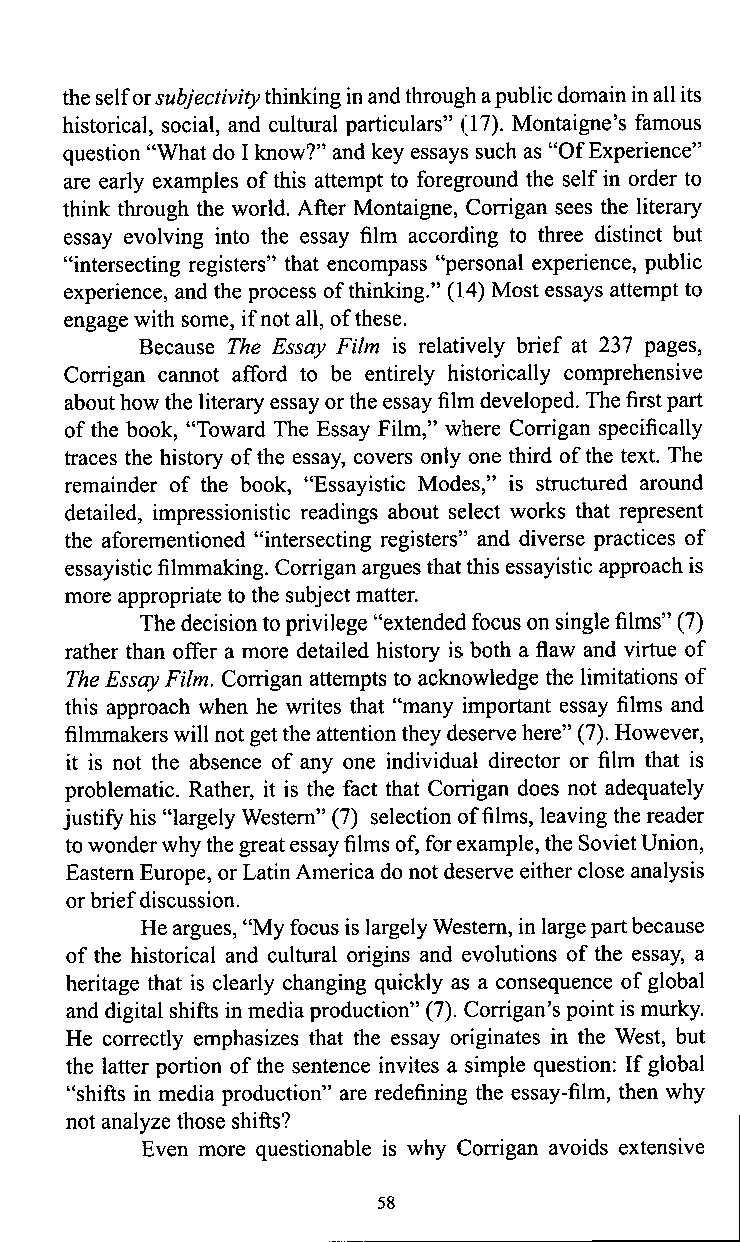
the self or subjectivity thinking in and through a public domain in all its
 historical, social, and cultural particulars" (17). Montaigne's famous
 question "What do I know?" and key essays such as "Of Experience"
 are early examples of this attempt to foreground the self in order to
 think through the world. After Montaigne, Corrigan sees the literary
 essay evolving into the essay film according to three distinct but
 "intersecting registers" that encompass "personal experience, public
 experience, and the process of thinking." (14) Most essays attempt to
 engage with some, if not all, of these.
 Because The Essay Film is relatively brief at 237 pages.
 Corrigan cannot afford to be entirely historically comprehensive
 about how the literary essay or the essay film developed. The first part
 of the book, "Toward The Essay Film," where Corrigan specifically
 traces the history of the essay, covers only one third of the text. The
 remainder of the book, "Essayistic Modes," is stmctured around
 detailed, impressionistic readings about select works that represent
 the aforementioned "intersecting registers" and diverse practices of
 essayistic filmmaking. Corrigan argues that this essayistic approach is
 more appropriate to the subject matter.
 The decision to privilege "extended focus on single films" (7)
 rather than offer a more detailed history is both a flaw and virtue of
 The Essay Film. Corrigan attempts to acknowledge the limitations of
 this approach when he writes that "many important essay films and
 filmmakers will not get the attention they deserve here" (7). However,
 it is not the absence of any one individual director or film that is
 problematic. Rather, it is the fact that Corrigan does not adequately
 justify his "largely Westem" (7) selection of films, leaving the reader
 to wonder why the great essay films of, for example, the Soviet Union,
 Eastem Europe, or Latin America do not deserve either close analysis
 or brief discussion.
 He argues, "My focus is largely Westem, in large part because
 of the historical and cultural origins and evolutions of the essay, a
 heritage that is clearly changing quickly as a consequence of global
 and digital shifts in media production" (7). Corrigan's point is murky.
 He correctly emphasizes that the essay originates in the West, but
 the latter portion of the sentence invites a simple question: If global
 "shifts in media production" are redefining the essay-film, then why
 not analyze those shifts?
 Even more questionable is why Corrigan avoids extensive
 58